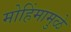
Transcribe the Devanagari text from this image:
मोहिंमामुळे